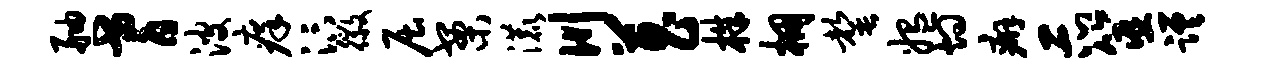
舳耆波痒汴徽屈案漉川菖株棚罄媪灼癖示筮蹉